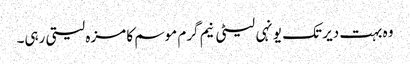
وہ بہت دیر تک یونہی لیٹی نیم گرم موسم کا مزہ لیتی رہی۔